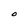
Character: O